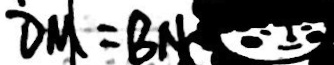
D M = B N